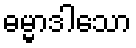
ဓမ္မာဒါသော